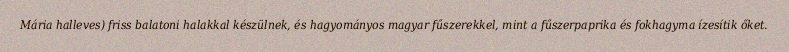
Mária halleves) friss balatoni halakkal készülnek, és hagyományos magyar fűszerekkel, mint a fűszerpaprika és fokhagyma ízesítik őket.